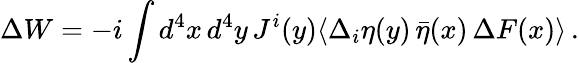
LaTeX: \Delta W=-i\int d^{4}x\, d^{4}y\, J^{i}(y)\langle\Delta_{i}\eta(y)\, \bar{\eta}(x)\, \Delta F(x)\rangle\, .